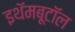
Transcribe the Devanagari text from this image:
इथॅमबूटॉल